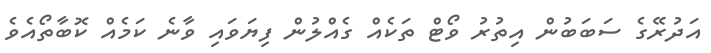
އަދުރޭގެ ސަބަބުން އިތުރު ވޯޓް ތަކެއް ގެއްލުން ފިޔަވައި ވާނެ ކަމެއް ކޮބާތޯއެވެ